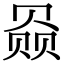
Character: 赑